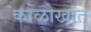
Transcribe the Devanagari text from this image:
काळोखांत